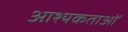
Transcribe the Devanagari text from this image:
आश्यकताओं